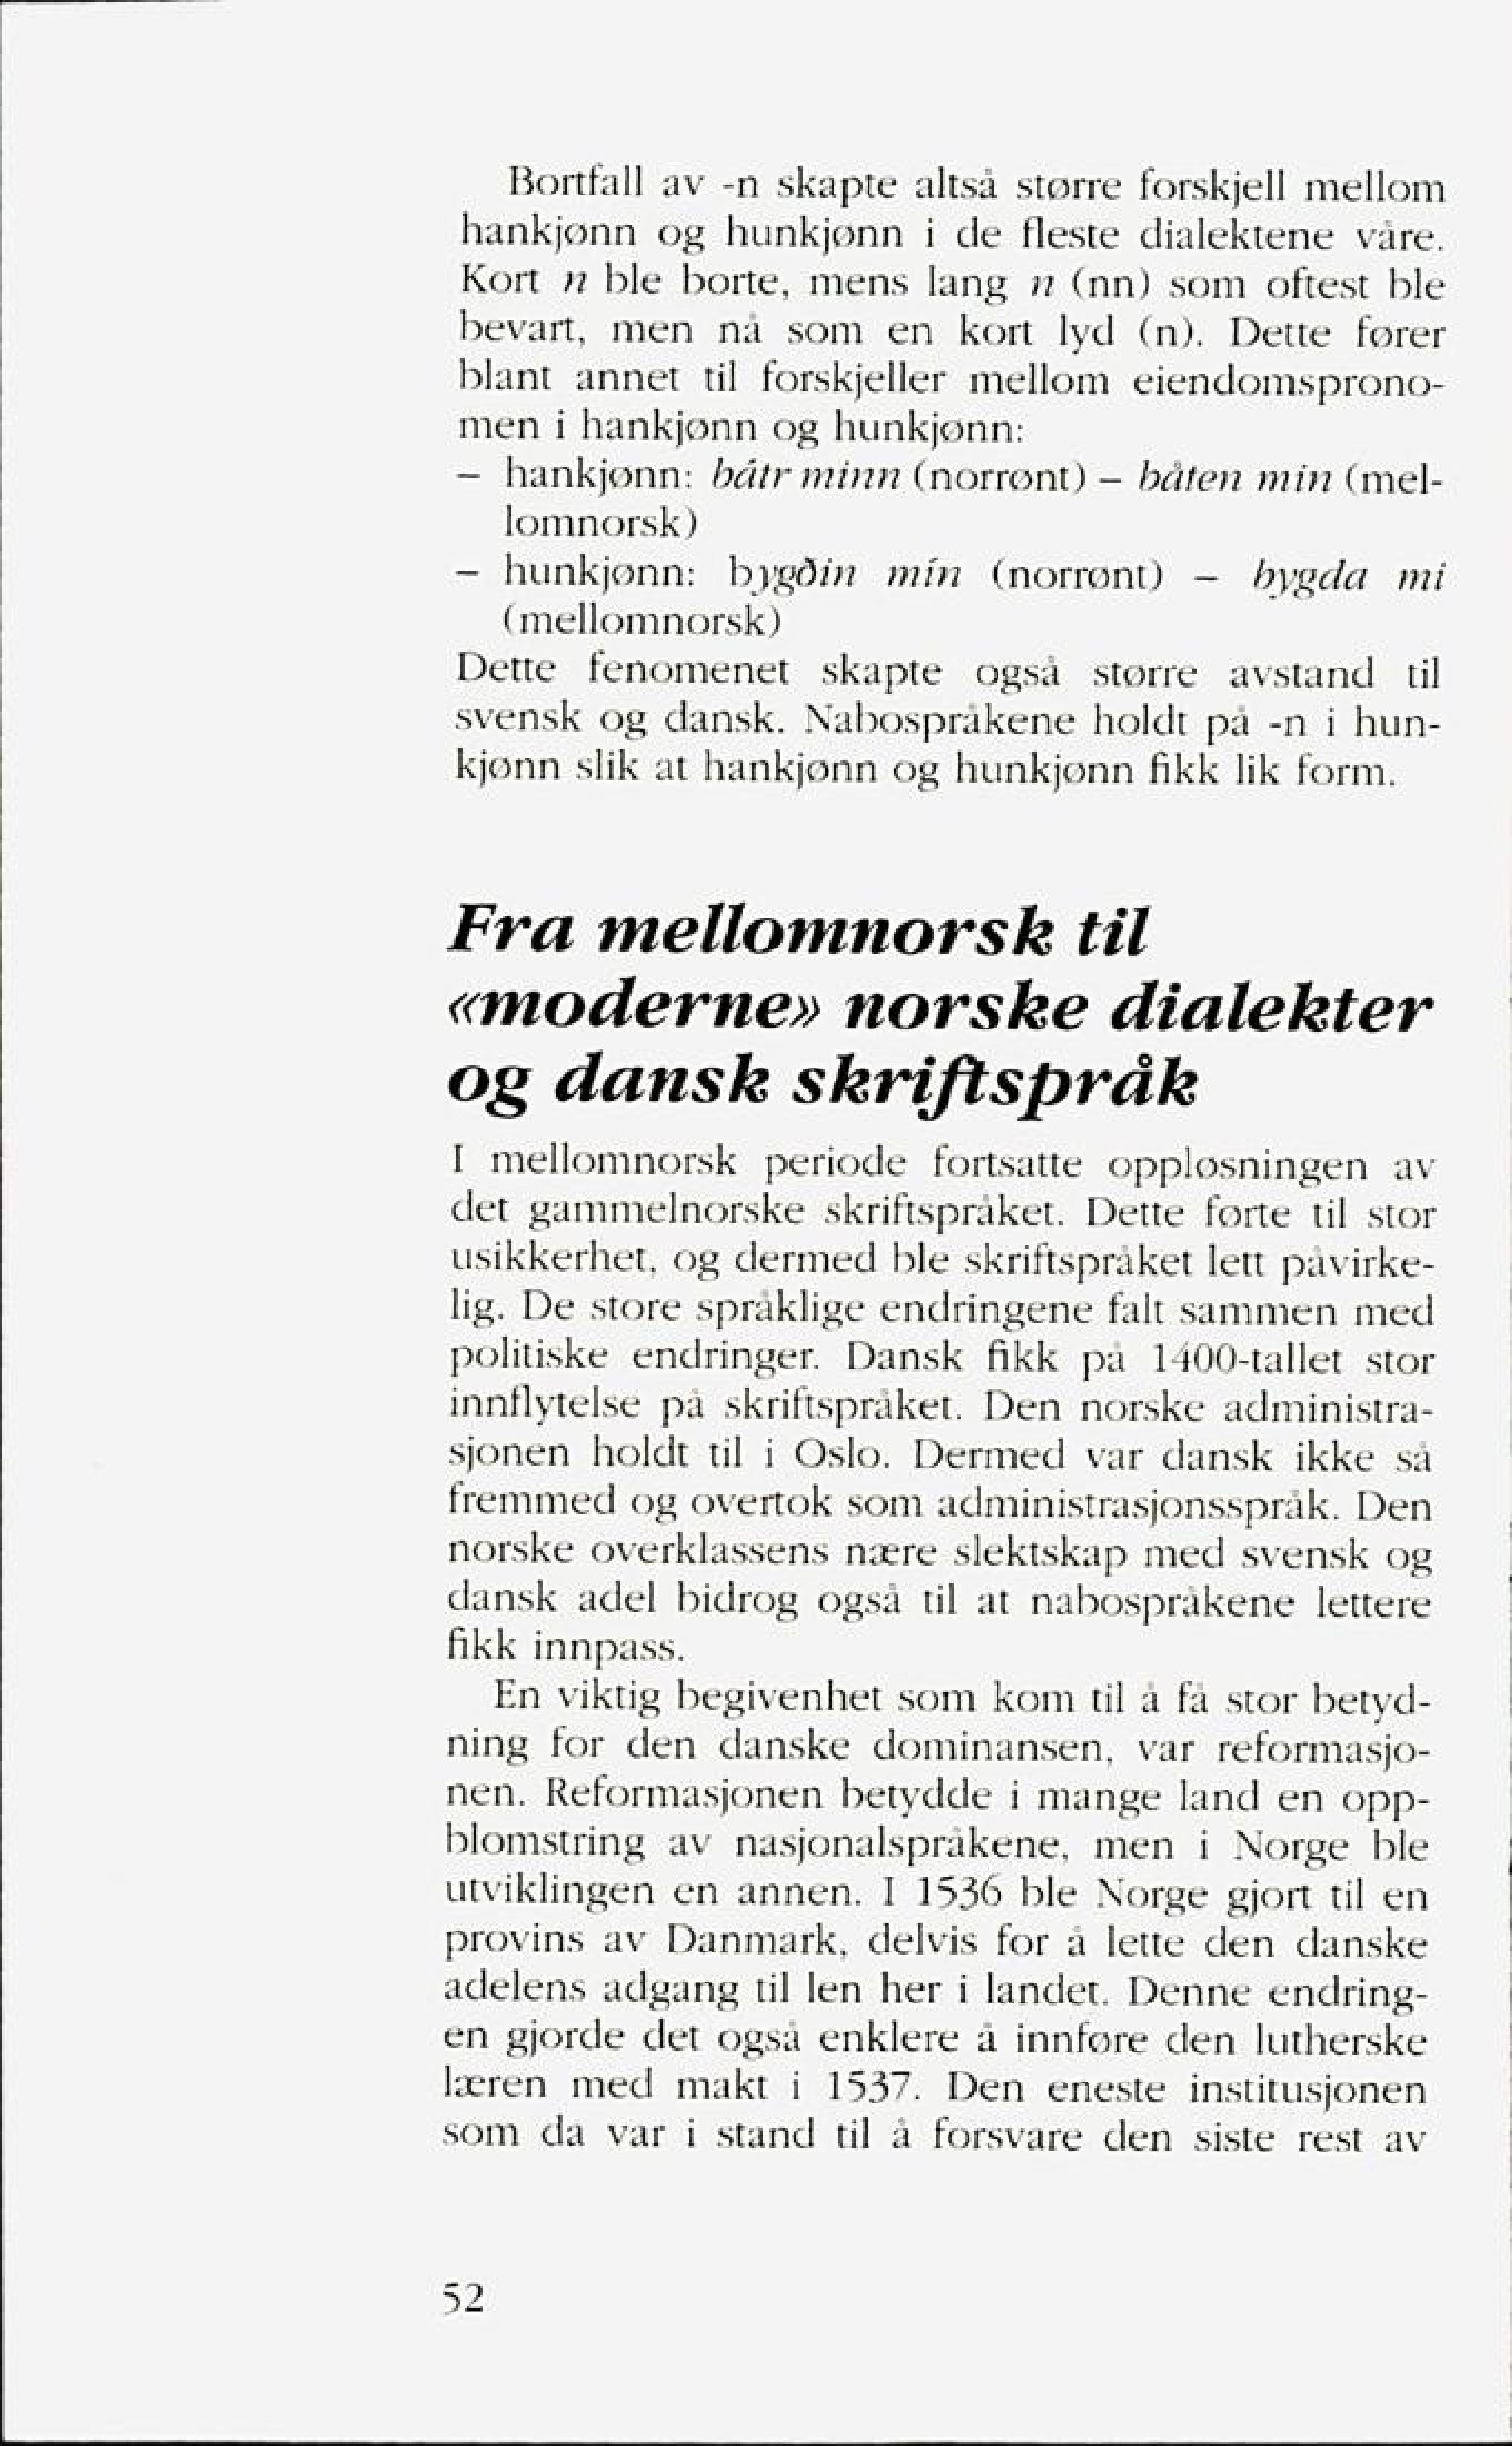
Language: no